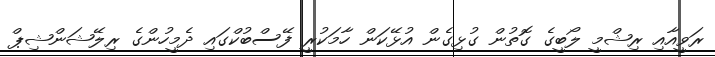
ރަވީއާއި ރިޝްމީ ލޯބީގެ ގޮތުން ގުޅިގެން އުޅޭކަން ހާމަކުރީ ފޭސްބުކްގައި ދެމީހުންގެ ރިލޭޝަންޝިޕް